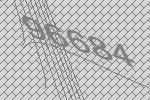
96684